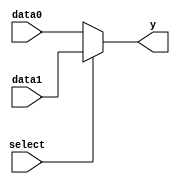
module mux2_nbit(y, data1, data0, select);
  parameter wsize = 4;
  output [wsize - 1:0] y;
  input [wsize - 1:0] data1, data0;
  input select;

  assign y = select ? data1 : data0;
endmodule